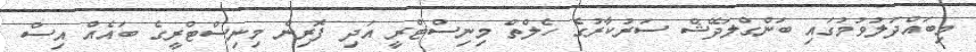
މިބައްދަލުވުމުގައި ބަންގްލަދޭޝް ސަރުކާރުގެ ހެލްތް މިނިސްޓްރީ އަދި ފޮރިން މިނިސްޓްރީގެ ބައެއް އިސް